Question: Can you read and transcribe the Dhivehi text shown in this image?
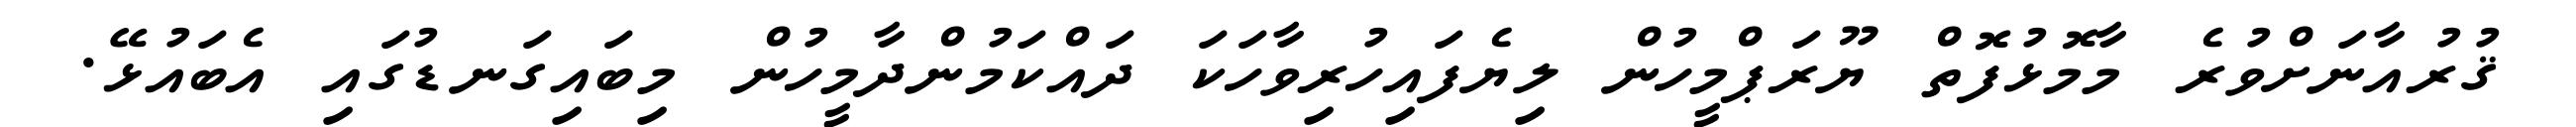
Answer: ޤުރުއާނަށްވުރެ މާމޮޅުފޮތް ޔޫރަޕްމީހުން ލިޔެފައިހުރިވާހަކަ ދައްކަމުންދާމީހުން މިބައިގަނޑުގައި އެބައުޅޭ.